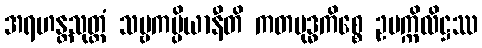
အရဟန္တသုတ္တံ သဗ္ဗကပ္ပိယာနီတိ ကတဗုဒ္ဓကိစ္စေ ဥပက္ကိလိဋ္ဌဿ